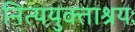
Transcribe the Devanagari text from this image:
नित्ययुक्ताश्रयः